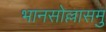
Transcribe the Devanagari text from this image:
भानसोल्लासमु